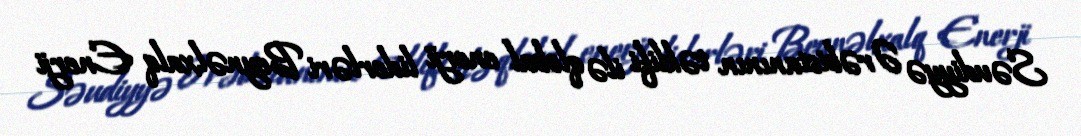
Səudiyyə Ərəbistanının təklifi ilə qlobal enerji liderləri Beynəlxalq Enerji